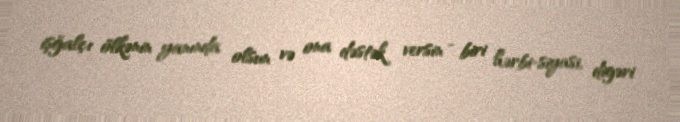
işğalçı ölkənin yanında olsun və ona dəstək versin - biri hərbi-siyasi, digəri